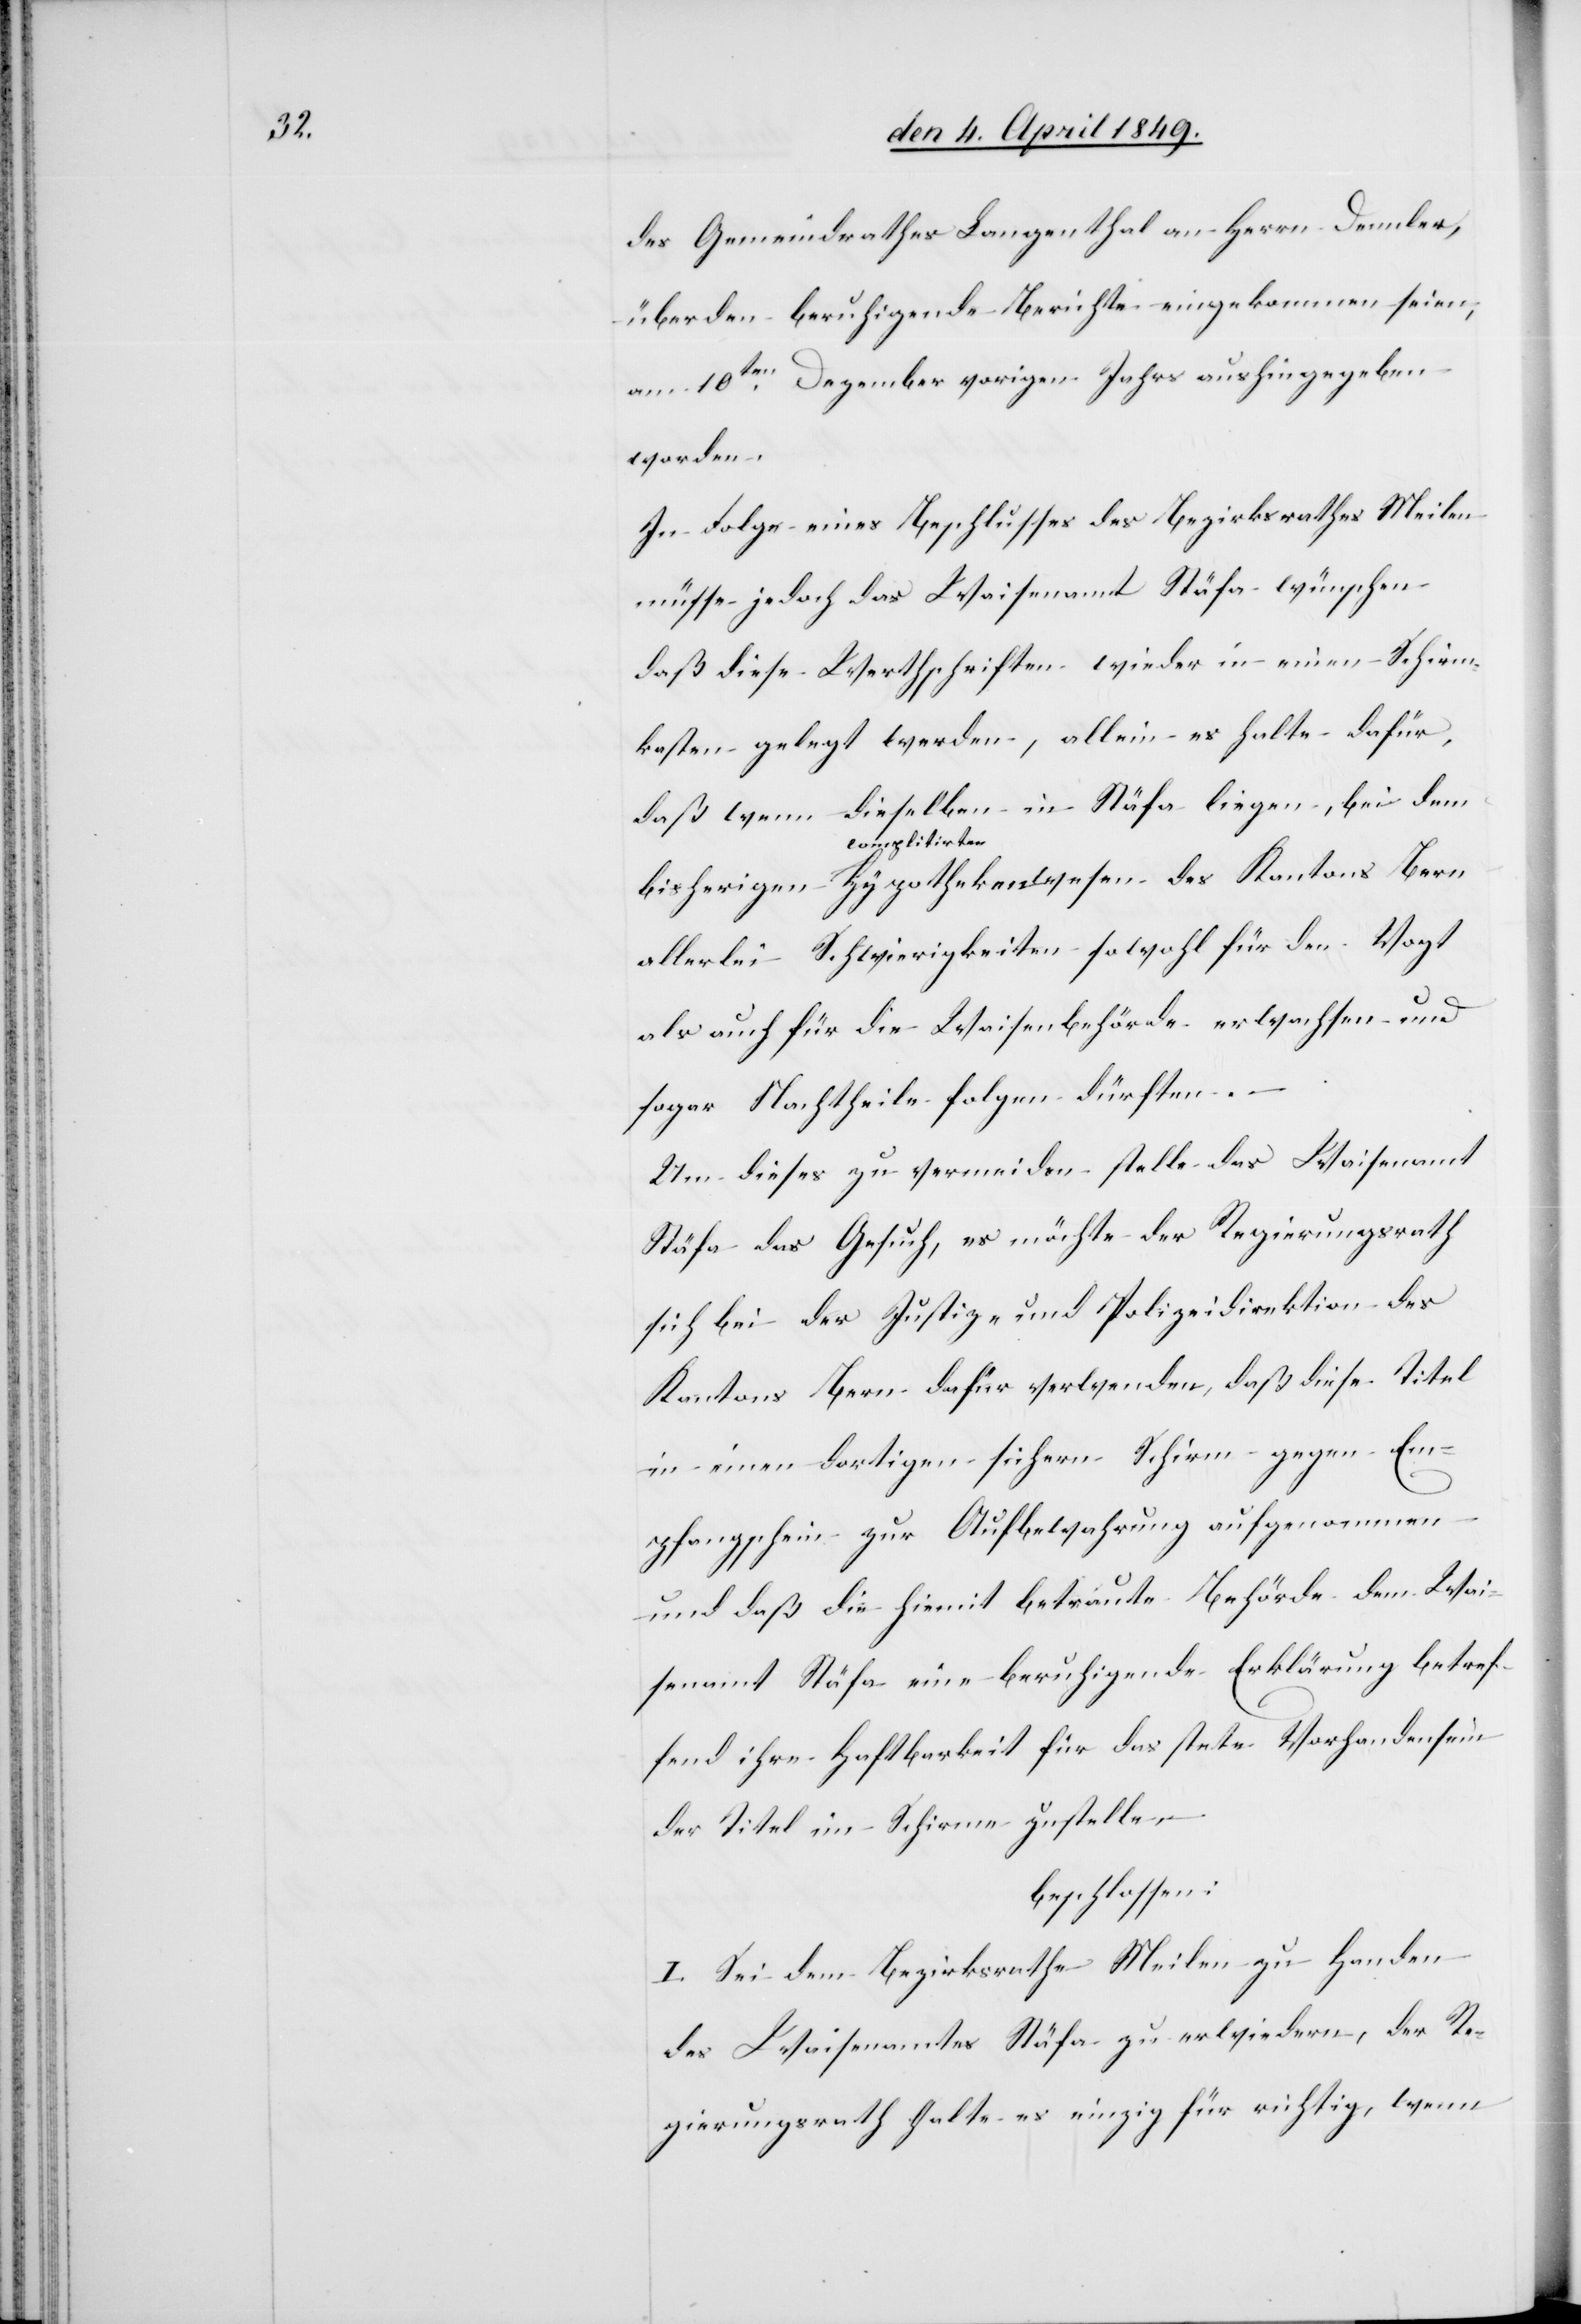
des Gemeindrathes Langenthal an Herrn Dennler,
über den beruhigende Berichte eingekommen seien,
am 10ten Dezember vorigen Jahres aushingegeben
worden.
In Folge eines Beschlusses des Bezirksrathes Meilen
müsse jedoch das Waisenamt Stäfa wünschen
daß diese Werthschriften wieder in einen Schirm¬
kasten gelegt werden, allein es halte dafür,
daß wenn dieselben in Stäfa liegen, bei dem
a-complitirten-a
allerlei Schwierigkeiten sowohl für den Vogt
als auch für die Waisenbehörde erwachsen und
sogar Nachtheile folgen dürften.
Um dieses zu vermeiden stelle das Waisenamt
Stäfa das Gesuch, es möchte der Regierungsrath
sich bei der Justiz- und Polizeidirektion des
Kantons Bern dafür verwenden, daß diese Titel
in einem dortigen sichern Schirm gegen Em¬
pfangschein zur Aufbewahrung aufgenommen
und daß die hiemit betraute Behörde dem Wai¬
senamt Stäfa eine beruhigende Erklärung betref¬
fend ihre Haftbarkeit für das stete Vorhandensein
der Titel im Schirme zustellen
beschlossen:
I. Sei dem Bezirksrathe Meilen zu Handen
des Waisenamtes Stäfa zu erwiedern, der Re¬
gierungsrath halte es einzig für richtig, wenn